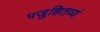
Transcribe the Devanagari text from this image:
पजुहितव्यं